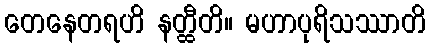
တေနေတရဟိ နတ္ထီတိ။ မဟာပုရိသဿာတိ